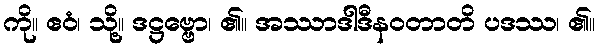
ကို။ ဧဝံ၊ သို့။ ဒဋ္ဌဗ္ဗော၊ ၏။ အဿာဒါဒီနဝတာတိ ပဒဿ၊ ၏။